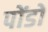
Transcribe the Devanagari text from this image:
पोंडो